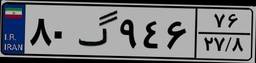
۸۰گ۹۴۶۷۶